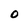
Character: O